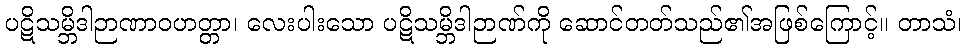
ပဋိသမ္ဘိဒါဉာဏာဝဟတ္တာ၊ လေးပါးသော ပဋိသမ္ဘိဒါဉာဏ်ကို ဆောင်တတ်သည်၏အဖြစ်ကြောင့်။ တာသံ၊